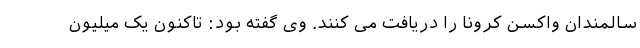
سالمندان واکسن کرونا را دریافت می کنند. وی گفته بود: تاکنون یک میلیون